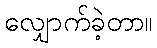
လျှောက်ခဲ့တာ။